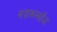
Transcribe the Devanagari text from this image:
मशरूमहैड